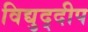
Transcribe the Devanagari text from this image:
विद्युद्दीप